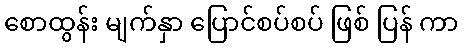
စောထွန်း မျက်နှာ ပြောင်စပ်စပ် ဖြစ် ပြန် ကာ